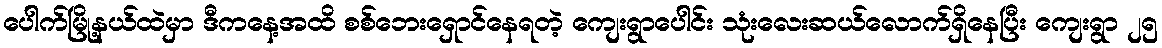
ပေါက်မြို့နယ်ထဲမှာ ဒီကနေ့အထိ စစ်ဘေးရှောင်နေရတဲ့ ကျေးရွာပေါင်း သုံးလေးဆယ်လောက်ရှိနေပြီး ကျေးရွာ ၂၅